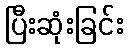
ပြီးဆုံးခြင်း